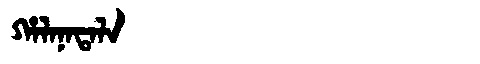
Manchu: ᡥᠠᠯᠠᠨᠠᡨᠠᠯᠠ
Romanization: HALANATALA